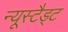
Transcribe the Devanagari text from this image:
न्यूस्टैड्ट